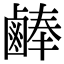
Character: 𪉪